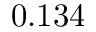
0 . 1 3 4